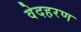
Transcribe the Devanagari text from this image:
वेदहरण